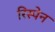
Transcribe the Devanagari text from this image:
रिस्पेन